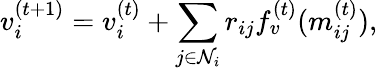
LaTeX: {v}_{i}^{(t+1)}={v}_{i}^{(t)}+\sum_{j\in\mathcal{N}_{i}}{r}_{ij}f_{v}^{(t)}({m}_{ij}^{(t)}),